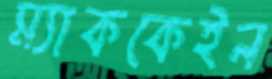
ম্যাককেইন